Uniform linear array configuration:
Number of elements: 16
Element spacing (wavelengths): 1
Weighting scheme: exponential
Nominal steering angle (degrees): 60
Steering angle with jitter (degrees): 61.628
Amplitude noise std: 0.05
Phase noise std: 0.05

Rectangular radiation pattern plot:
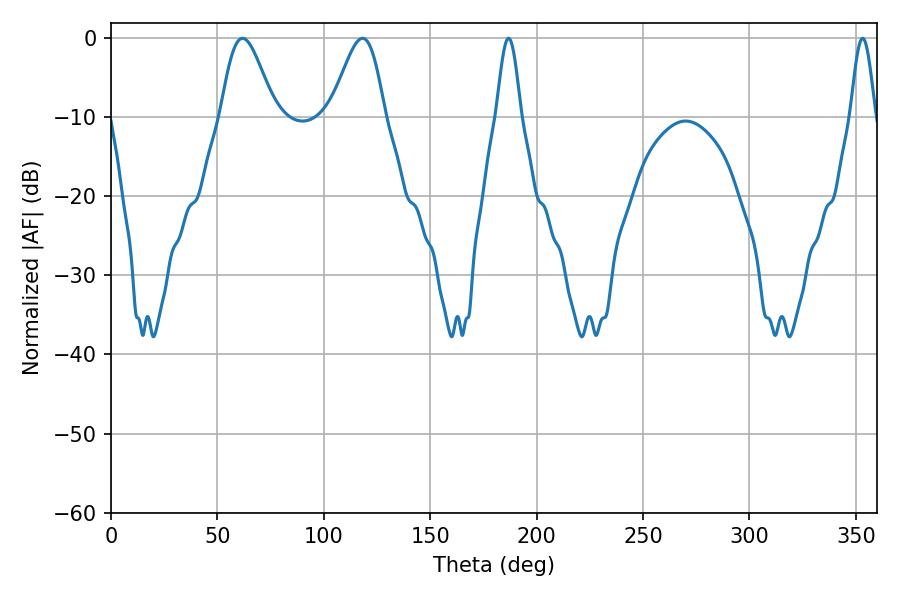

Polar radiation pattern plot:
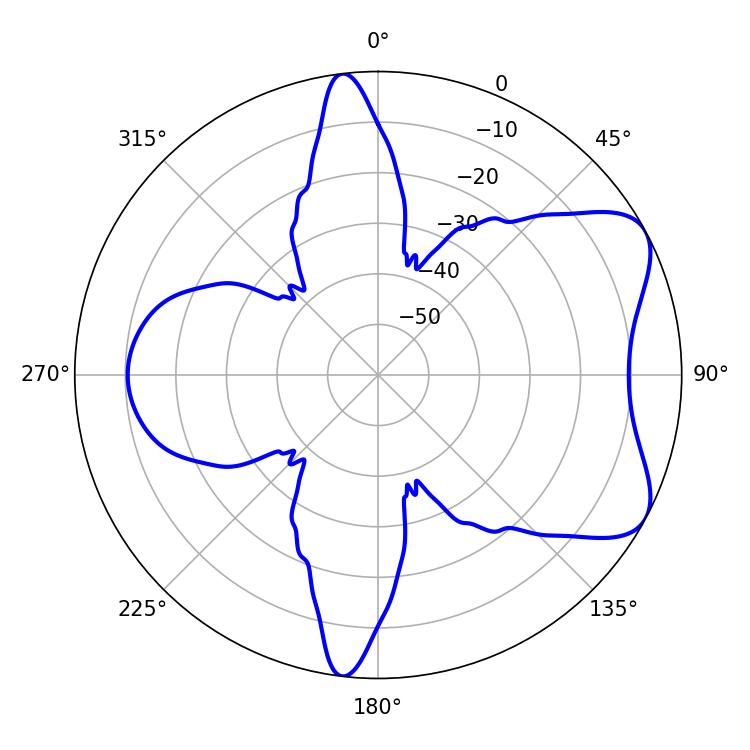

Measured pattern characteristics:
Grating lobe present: TRUE
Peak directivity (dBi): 6.637
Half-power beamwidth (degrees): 6.12
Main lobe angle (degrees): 186.84